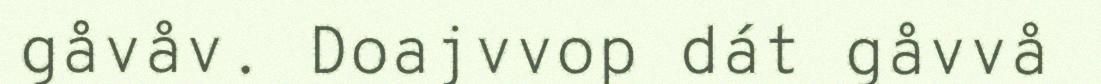
gåvåv. Doajvvop dát gåvvå